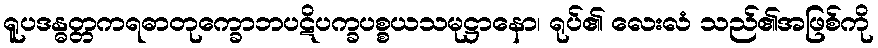
ရူပဒန္ဓတ္တကရဓာတုက္ခောဘပဋိပက္ခပစ္စယသမုဋ္ဌာနော၊ ရုပ်၏ လေးလံ သည်၏အဖြစ်ကို